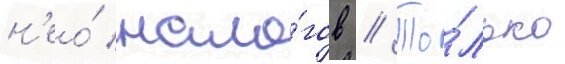
н'ео́ нало́гов // То́лько